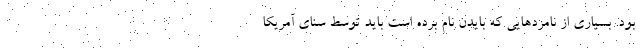
بود. بسیاری از نامزدهایی که بایدن نام برده است باید توسط سنای آمریکا